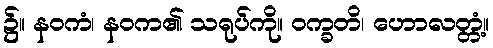
၌။ နဝကံ၊ နဝက၏ သရုပ်ကို။ ဝက္ခတိ၊ ဟောလတ္တံ့။